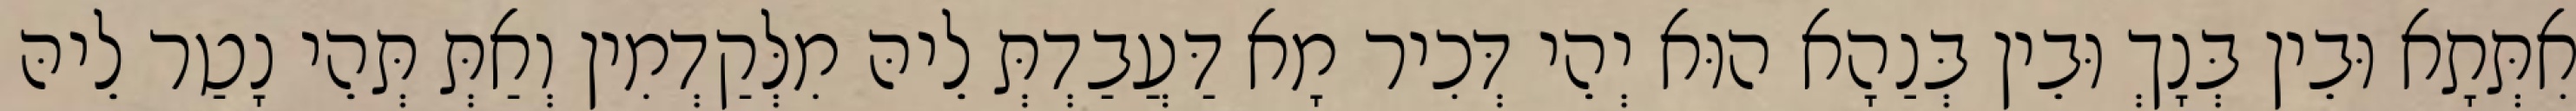
אִתְּתָא וּבֵין בְּנָךְ וּבֵין בְּנַהָא הוּא יְהֵי דְּכִיר מָא דַּעֲבַדְתְּ לֵיהּ מִלְּקַדְמִין וְאַתְּ תְּהֵי נָטַר לֵיהּ